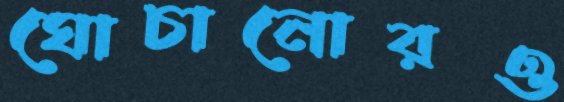
ঘোচানোরও